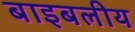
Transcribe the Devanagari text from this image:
बाइबलीय